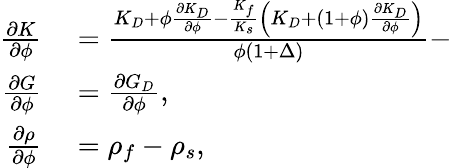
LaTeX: \begin{array}{r}{\begin{array}{rl}{\frac{\partial K}{\partial\phi}}&{{}=\frac{K_{D}+\phi\frac{\partial K_{D}}{\partial\phi}-\frac{K_{f}}{K_{s}}\left(K_{D}+(1+\phi)\frac{\partial K_{D}}{\partial\phi}\right)}{\phi(1+\Delta)}-}\\ {\frac{\partial G}{\partial\phi}}&{{}=\frac{\partial G_{D}}{\partial\phi},}\\ {\frac{\partial\rho}{\partial\phi}}&{{}=\rho_{f}-\rho_{s},}\end{array}}\end{array}